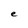
Character: e